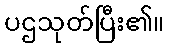
ပဌသုတ်ပြီး၏။